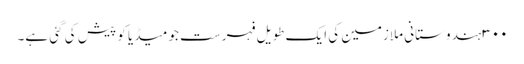
٣٠٠ ہندوستانی ملازمین کی ایک طویل فہرست جو میڈیا کو پیش کی گئی ہے۔